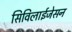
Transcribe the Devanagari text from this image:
सिविलाईजेसन